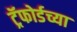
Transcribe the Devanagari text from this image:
ट्रॅफोर्डच्या